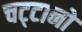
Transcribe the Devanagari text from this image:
चट्‌टानों